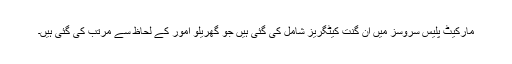
مارکیٹ پلیس سروسز میں ان گنت کیٹگریز شامل کی گئی ہیں جو گھریلو امور کے لحاظ سے مرتب کی گئی ہیں۔